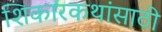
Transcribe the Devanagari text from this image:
शिकारकथांसाठी